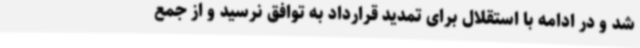
شد و در ادامه با استقلال برای تمدید قرارداد به توافق نرسید و از جمع